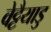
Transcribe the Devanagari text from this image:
वेट्टैयाडु